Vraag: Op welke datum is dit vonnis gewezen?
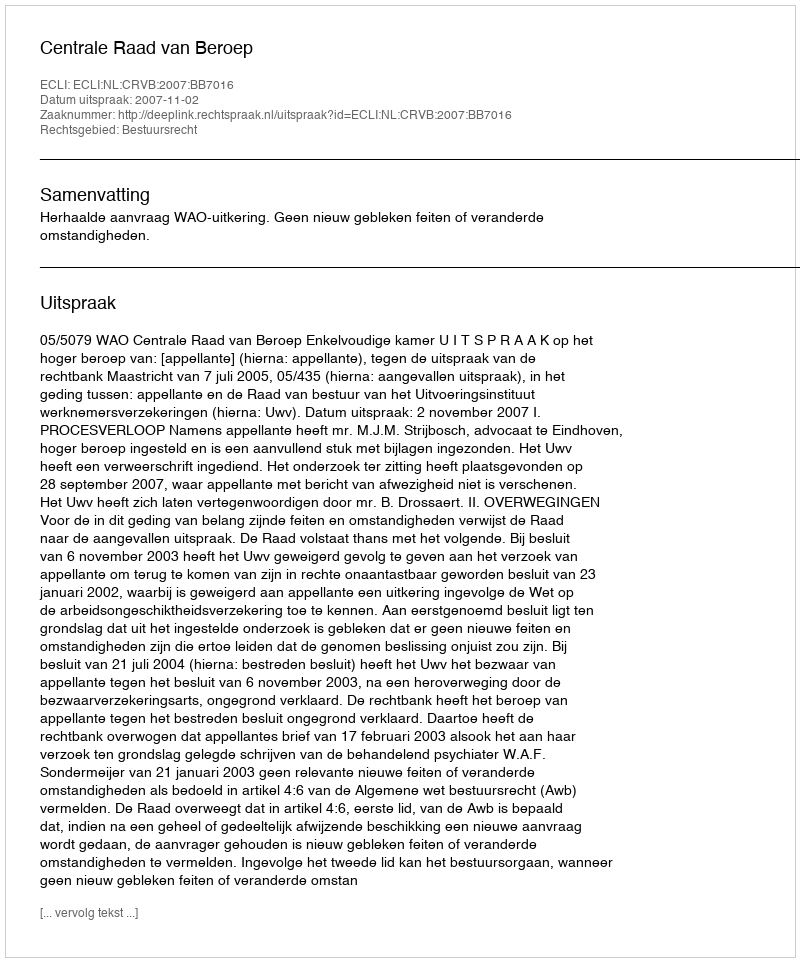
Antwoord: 2007-11-02